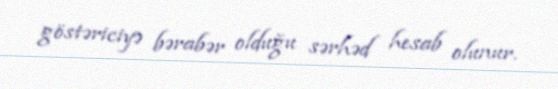
göstəriciyə bərabər olduğu sərhəd hesab olunur.